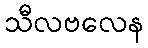
သီလဗလေန